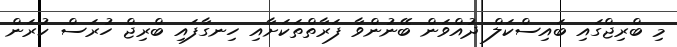
މި ބްރިޖްގައި ބައިސްކަލް ދުއްވަން ބޭނުންވާ ފަރާތްތަކަށާއި ހިނގާފައި ބްރިޖް ހުރަސް ކުރަން